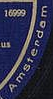
Amsterdam